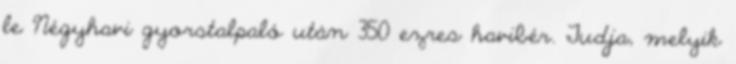
le Négyhavi gyorstalpaló után 350 ezres havibér. Tudja, melyik